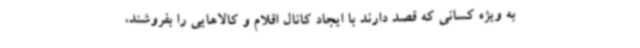
به ویژه کسانی که قصد دارند با ایجاد کانال اقلام و کالاهایی را بفروشند،